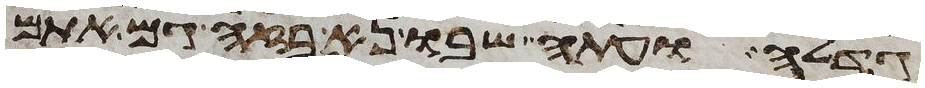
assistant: גדלה ועתה שבו נא בזה גם אתם